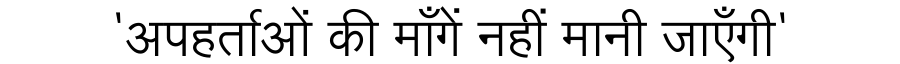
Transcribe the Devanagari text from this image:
'अपहर्ताओं की माँगें नहीं मानी जाएँगी'